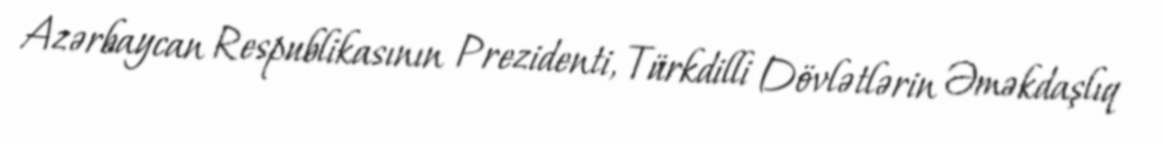
Azərbaycan Respublikasının Prezidenti, Türkdilli Dövlətlərin Əməkdaşlıq